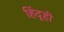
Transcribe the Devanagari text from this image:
हिंदूही